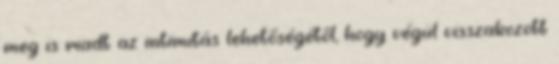
meg is riadt az intimitás lehetőségétől, hogy végül visszakozott